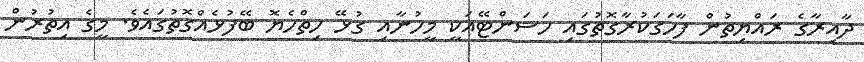
ދާއިރާގެ ރައްޔިތުން ފާހަގަކުރާގޮތުގައި ހަސަންޓޭއަކީ މީހުނާއި ގުޅޭ ހިތްހެޔޮ ބޭފުޅެއްގޮތުގައެވެ. މީގެ އިތުރުން